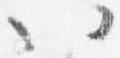
以